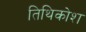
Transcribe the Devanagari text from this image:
तिथिकोश